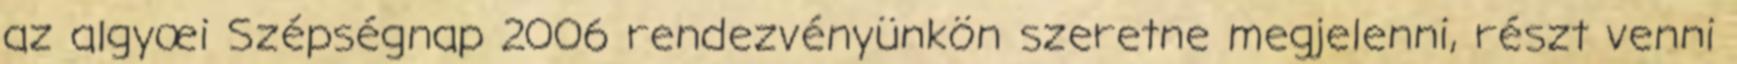
az algyœi Szépségnap 2006 rendezvényünkön szeretne megjelenni, részt venni